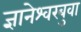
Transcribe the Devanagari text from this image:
ज्ञानेश्वरबुवा